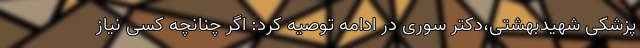
پزشکی شهیدبهشتی،دکتر سوری در ادامه توصیه کرد: اگر چنانچه کسی نیاز